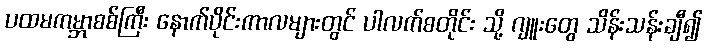
ပထမကမ္ဘာစစ်ကြီး နောက်ပိုင်းကာလများတွင် ပါလက်စတိုင်း သို့ ဂျူးတွေ သိန်းသန်းချီ၍